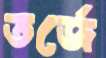
তর্জে